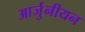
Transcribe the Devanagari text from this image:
आर्जुनीयन